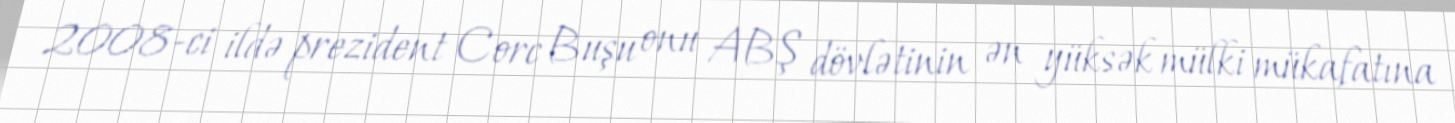
2008-ci ildə prezident Corc Buşu onu ABŞ dövlətinin ən yüksək mülki mükafatına